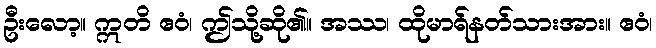
ဦးလော့။ ဣတိ ဧဝံ၊ ဤသို့ဆို၏။ အဿ၊ ထိုမာရ်နတ်သားအား။ ဧဝံ၊